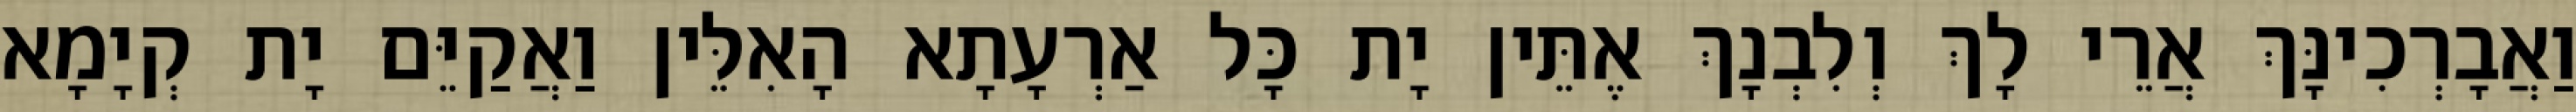
וַאֲבָרְכִינָּךְ אֲרֵי לָךְ וְלִבְנָךְ אֶתֵּין יָת כָּל אַרְעָתָא הָאִלֵּין וַאֲקַיֵּם יָת קְיָמָא